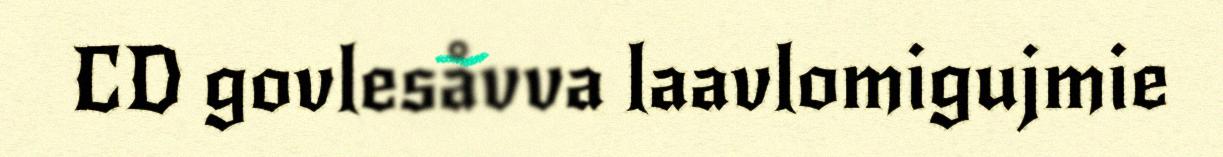
CD govlesåvva laavlomigujmie